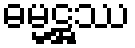
ဓမ္မဋ္ဌဿ